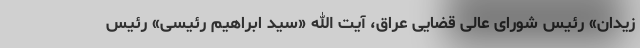
زیدان» رئیس شورای عالی قضایی عراق، آیت الله «سید ابراهیم رئیسی» رئیس